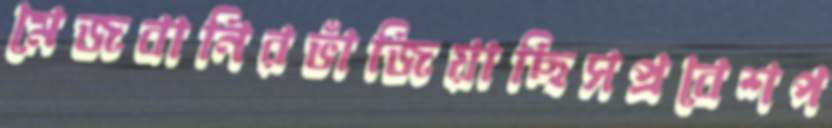
মেজবানিরভাঁজিয়াছিসপ্রবেশপ